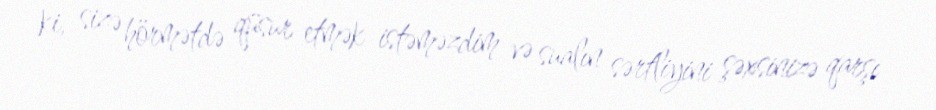
ki, sizə hörmətdə qüsur etmək istəməzdim və sualın sərtliyini şəxsinizə qarşı